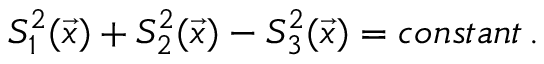
S _ { 1 } ^ { 2 } ( \vec { x } ) + S _ { 2 } ^ { 2 } ( \vec { x } ) - S _ { 3 } ^ { 2 } ( \vec { x } ) = c o n s t a n t \, .